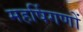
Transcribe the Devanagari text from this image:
महर्षिगणों